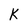
Character: K